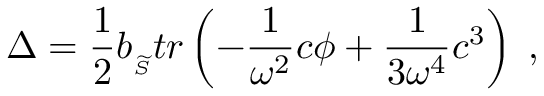
\Delta = \frac 1 2 b _ { _ { \widetilde { { \cal S } } } } t r \left( - \frac 1 { \omega ^ { 2 } } c \phi + \frac 1 { 3 \omega ^ { 4 } } c ^ { 3 } \right) \; ,